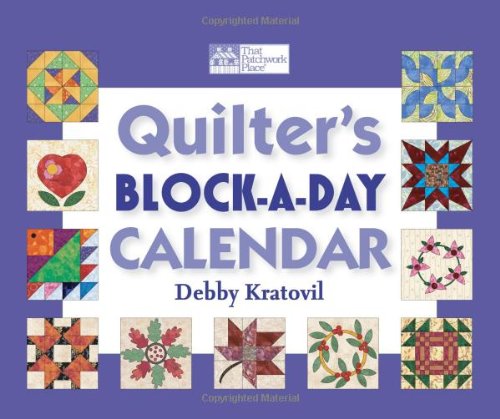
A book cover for Quilter's Block-a-day Perpetual Calendar; Debby Kratovil; Calendars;